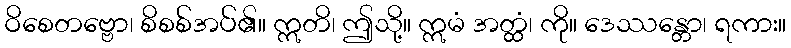
ဝိစေတဗ္ဗော၊ စိစစ်အပ်၏။ ဣတိ၊ ဤသို့။ ဣမံ အတ္ထံ၊ ကို။ ဒေဿန္တော၊ ရကား။